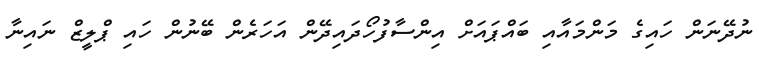
ނުދޭނަން ހައިގެ މަންމައާއި ބައްޕައަށް އިންސާފުހޯދައިދޭން އަހަރެން ބޭނުން ހައި ޕްލީޒް ނައިނާ